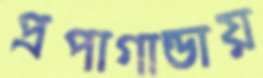
প্রপাগান্ডায়